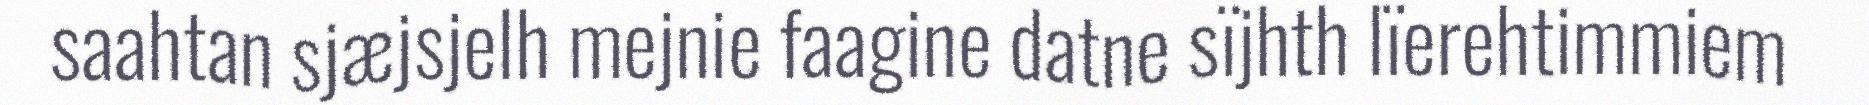
saahtan sjæjsjelh mejnie faagine datne sïjhth lïerehtimmiem